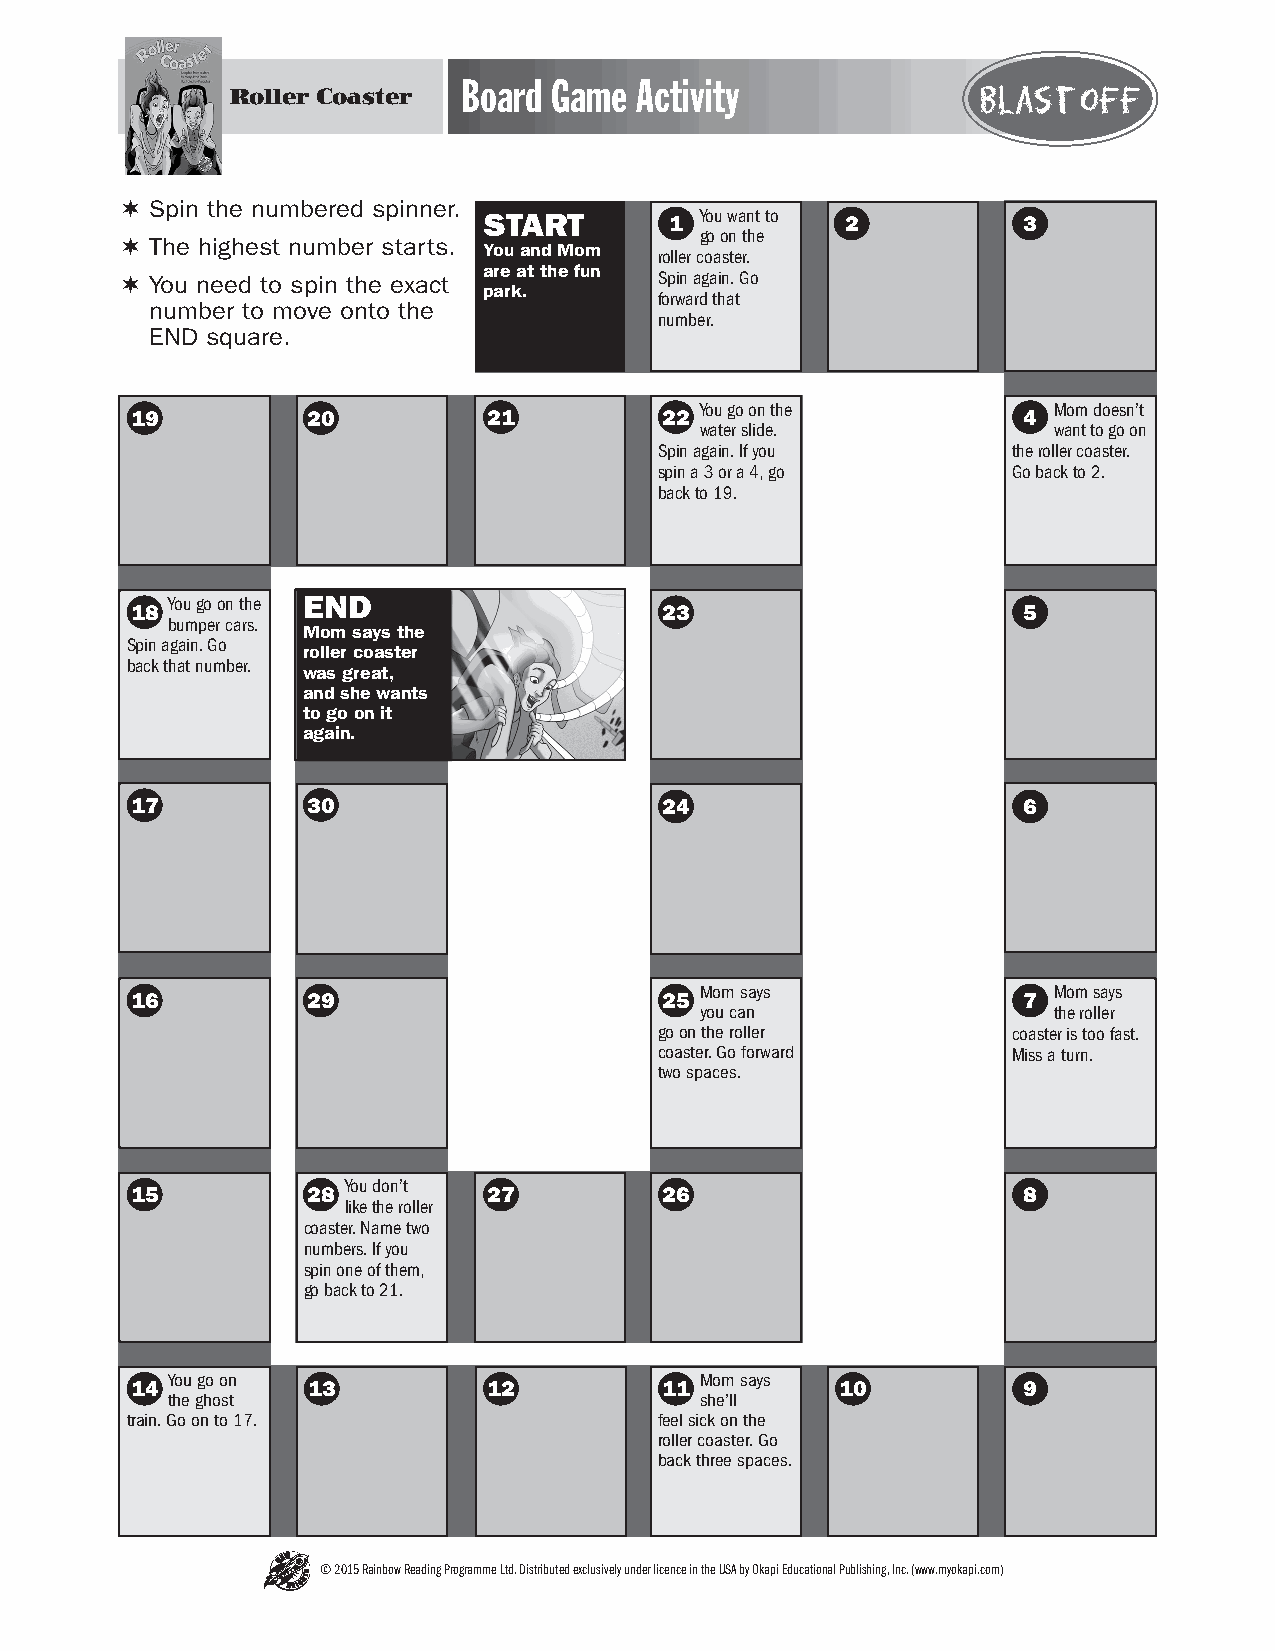
Board  Game Activity
 Roller Coaster                                    Blast off
 ¬¬Spin the numbered spinner.
 START       1 You want to 2         3
 go on the
 ¬¬The highest number starts. You and Mom
 roller coaster.
 are at the fun
 ¬¬You need to spin the exact        Spin again. Go
 park.
 forward that
 number to move onto the
 number.
 END square.
 You go on the           Mom doesn’t
 19         20          21          22                      4
 water slide.            want to go on
 Spin again. If you     the roller coaster.
 spin a 3 or a 4, go    Go back to 2.
 back to 19.
 You go on the END
 18                                 23                      5
 bumper cars.
 Mom says the
 Spin again. Go
 roller coaster
 back that number.
 was great,
 and she wants
 to go on it
 again.
 17         30                      24                      6
 Mom says                Mom says
 16         29                      25                      7
 you can                 the roller
 go on the roller       coaster is too fast.
 coaster. Go forward    Miss a turn.
 two spaces.
 You don’t
 15         28          27          26                      8
 like the roller
 coaster. Name two
 numbers. If you
 spin one of them,
 go back to 21.
 You go on                          Mom says
 14         13          12          11          10          9
 the ghost                          she’ll
 train. Go on to 17.                 feel sick on the
 roller coaster. Go
 back three spaces.
 © 2015 Rainbow Reading Programme Ltd. Distributed exclusively under licence in the USA by Okapi Educational Publishing, Inc. (www.myokapi.com)